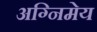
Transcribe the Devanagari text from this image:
अग्‍निमेय